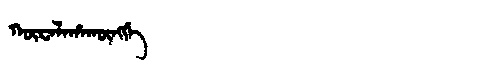
Manchu: ᡴᡡᠸᠠᠯᠠᡥᠠᡴᡡᠩᡤᡝ
Romanization: KŪWALAHAKŪNGGE